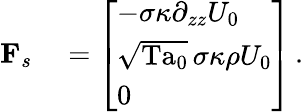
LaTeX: \begin{array}{rl}{\mathbf{F}_{s}}&{{}=\left[\begin{array}{l}{-\sigma\kappa\partial_{zz}U_{0}}\\ {\sqrt{\mathrm{Ta}_{0}}\, \sigma\kappa\rho U_{0}}\\ {0}\end{array}\right]\, .}\end{array}